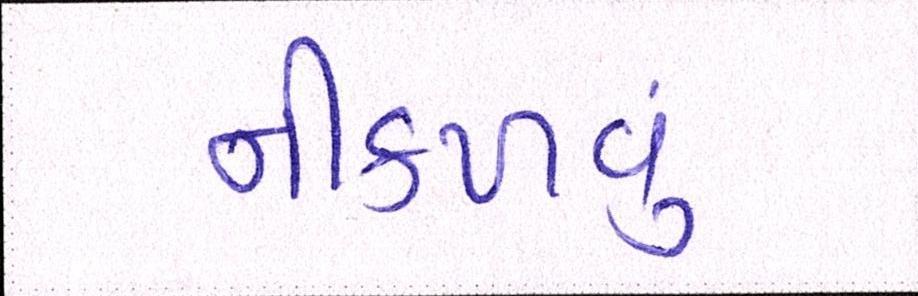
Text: નીકળવું